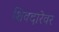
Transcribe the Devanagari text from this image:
शिवदारेवर